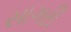
સાગરી